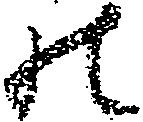
の